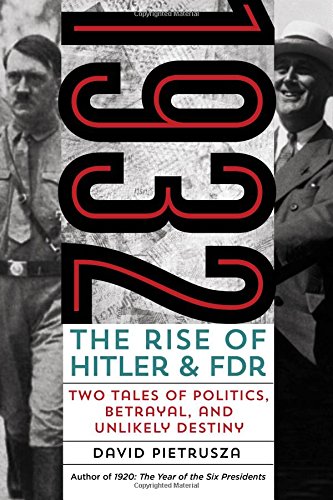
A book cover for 1932: The Rise of Hitler and FDR--Two Tales of Politics, Betrayal, and Unlikely Destiny; David Pietrusza; Biographies & Memoirs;